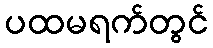
ပထမရက်တွင်